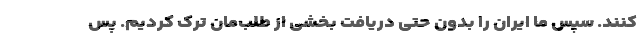
کنند. سپس ما ایران را بدون حتی دریافت بخشی از طلب‌مان ترک کردیم. پس